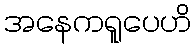
အနေကရူပေဟိ